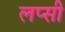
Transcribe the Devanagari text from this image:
लप्सी